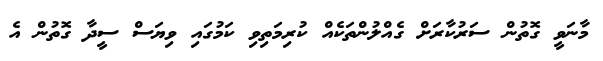
މާނަވީ ގޮތުން ސަރުކާރަށް ގެއްލުންތަކެއް ކުރިމަތިވި ކަމުގައި ވިޔަސް ސީދާ ގޮތުން އެ